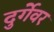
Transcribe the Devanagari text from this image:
दुर्गेवर